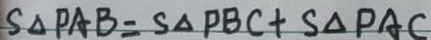
S _ { \Delta P A B } = S _ { \Delta P B C } + S _ { \Delta P A C }